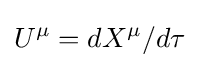
U^{\mu }=dX^{\mu }/d\tau